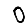
Digit: 0